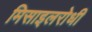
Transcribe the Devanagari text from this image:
मिसाइलरोधी